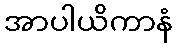
အာပါယိကာနံ